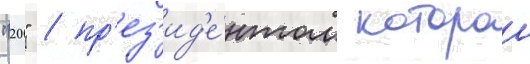
"20" / пр'ез'ид'е́нтом которои